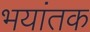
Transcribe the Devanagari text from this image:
भयांतक